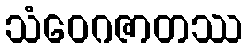
သံဝေဂဇာတဿ